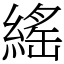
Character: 䌊